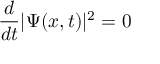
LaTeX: { \frac { d } { d t } } | \Psi ( x , t ) | ^ { 2 } = 0